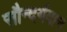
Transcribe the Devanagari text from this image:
सौन्दर्यवान